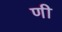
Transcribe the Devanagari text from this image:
णी